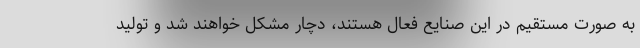
به صورت مستقیم در این صنایع فعال هستند، دچار مشکل خواهند شد و تولید